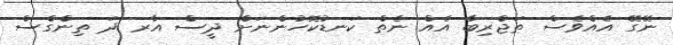
ނޭގޭ އެއްވެސް ތަޖްރިބާ އެއް ނެތް ކަނޑުކޮހުންނަށް ދީސް އާރ ދަ ތިންގްސް